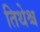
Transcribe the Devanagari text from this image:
तिथेश्च